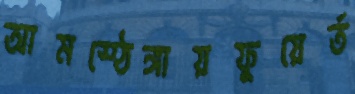
আমস্ঠেঙ্গায়ফুয়ের্ত